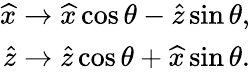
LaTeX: \begin{array}{r}{\widehat{x}\rightarrow\widehat{x}\cos\theta-\widehat{z}\sin\theta,}\\ {\widehat{z}\rightarrow\widehat{z}\cos\theta+\widehat{x}\sin\theta.}\end{array}